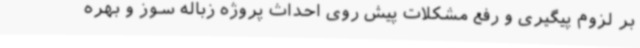
بر لزوم پیگیری و رفع مشکلات پیش روی احداث پروژه زباله سوز و بهره